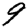
Digit: 9